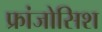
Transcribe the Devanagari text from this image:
फ्रांजोसिश